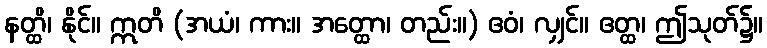
နတ္ထိ၊ နိုင်။ ဣတိ (အယံ၊ ကား။ အတ္ထော၊ တည်း။) ဧဝံ၊ လျှင်။ ဧတ္ထ၊ ဤသုတ်၌။